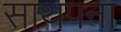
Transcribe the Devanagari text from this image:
साथपना